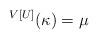
LaTeX: \begin{align*}^{V[U]}(\kappa) = \mu\end{align*}